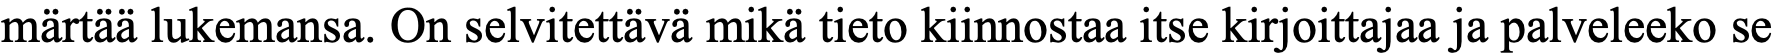
märtää lukemansa. On selvitettävä mikä tieto kiinnostaa itse kirjoittajaa ja palveleeko se